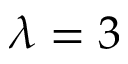
\lambda = 3